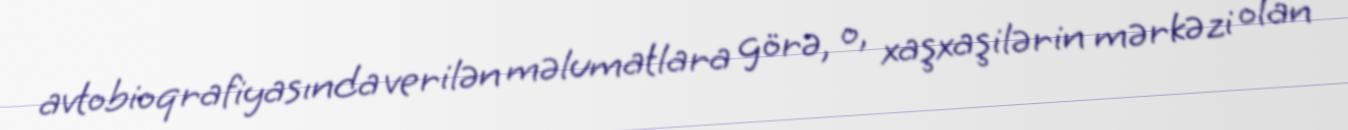
avtobioqrafiyasında verilən məlumatlara görə, o, xaşxaşilərin mərkəzi olan